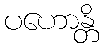
ပဟောန္တိ